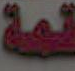
قمة